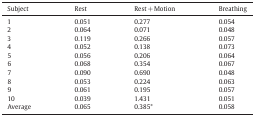
<table><thead><tr><td><b>Subject</b></td><td><b>Rest</b></td><td><b>Rest + Motion</b></td><td><b>Breathing</b></td></tr></thead><tbody><tr><td>1</td><td>0.051</td><td>0.277</td><td>0.054</td></tr><tr><td>2</td><td>0.064</td><td>0.071</td><td>0.048</td></tr><tr><td>3</td><td>0.119</td><td>0.266</td><td>0.057</td></tr><tr><td>4</td><td>0.052</td><td>0.138</td><td>0.073</td></tr><tr><td>5</td><td>0.056</td><td>0.206</td><td>0.064</td></tr><tr><td>6</td><td>0.068</td><td>0.354</td><td>0.067</td></tr><tr><td>7</td><td>0.090</td><td>0.690</td><td>0.048</td></tr><tr><td>8</td><td>0.053</td><td>0.224</td><td>0.063</td></tr><tr><td>9</td><td>0.061</td><td>0.195</td><td>0.057</td></tr><tr><td>10</td><td>0.039</td><td>1.431</td><td>0.051</td></tr><tr><td>Average</td><td>0.065</td><td>0.385*</td><td>0.058</td></tr></tbody></table>